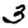
Digit: 3